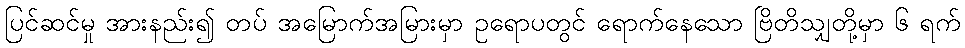
ပြင်ဆင်မှု အားနည်း၍ တပ် အမြောက်အမြားမှာ ဥရောပတွင် ရောက်နေသော ဗြိတိသျှတို့မှာ ၆ ရက်